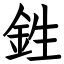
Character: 鉎